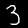
Label: 3